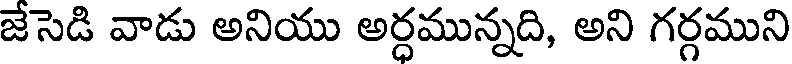
జేసెడి వాడు అనియు అర్ధమున్నది, అని గర్గముని